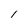
Character: l